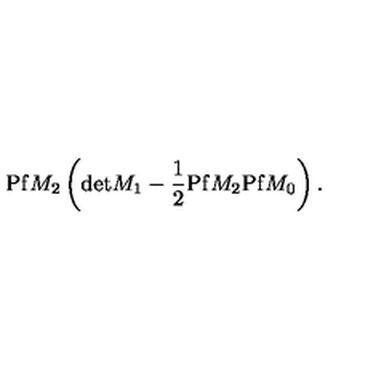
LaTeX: \mathrm { P f } M _ { 2 } \left( \mathrm { d e t } M _ { 1 } - \frac { 1 } { 2 } \mathrm { P f } M _ { 2 } \mathrm { P f } M _ { 0 } \right) .